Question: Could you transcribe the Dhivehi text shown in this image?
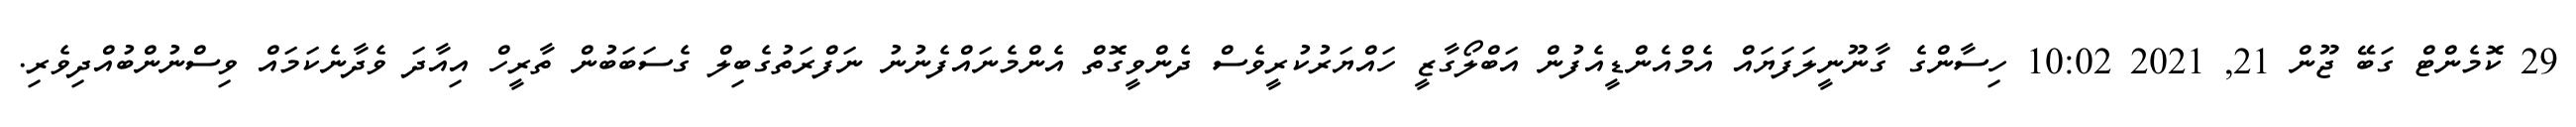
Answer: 29 ކޮމެންޓް ގަބޭ ޖޫން 21, 2021 10:02 ހިސާންގެ ގާނޫނީލަފަޔައް އެމްއެންޑީއެފުން އަބްލޯގާޒީ ހައްޔަރުކުރީވެސް ދެންވީގޮތް އެންމެނައްފެނުނު ނަފްރަތުގެބިލް ގެސަބަބުން ތާރީހް އިއާދަ ވެދާނެކަމައް ވިސްނުންބުއްދިވެރި.